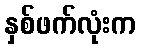
နှစ်ဖက်လုံးက